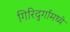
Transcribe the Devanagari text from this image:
गिरिदुर्गामध्ये